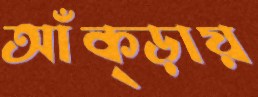
আঁক্‌ড়ায়